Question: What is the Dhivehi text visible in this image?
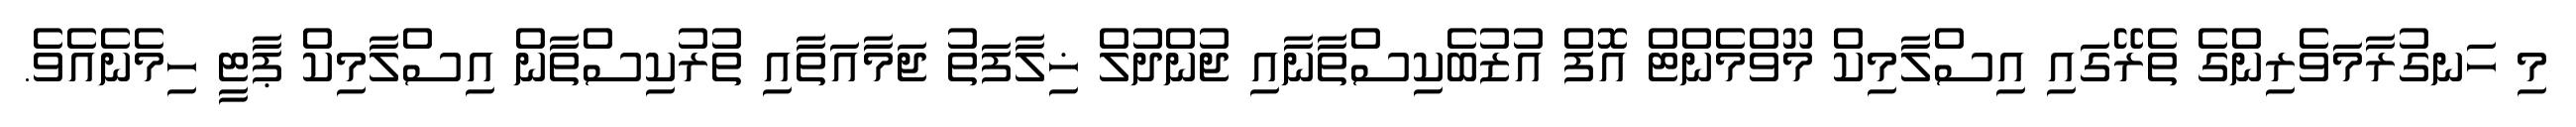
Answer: މި ހަނގުރާމަވެރިންގެ ތެރޭގައި އިސްލާމިކް މޫވްމެންޓް އޮފް އުޒުބެކިސްތާނާއި ޖުންދުލް ޚިލާފަތު ޖަމާއަތާއި ތުރުކިސްތާން އިސްލާމިކް ޕާޓީ ހިމެނެއެވެ.